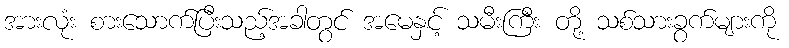
အားလုံး စားသောက်ပြီးသည့်အခါတွင် အမေနှင့် သမီးကြီး တို့ သစ်သားခွက်များကို